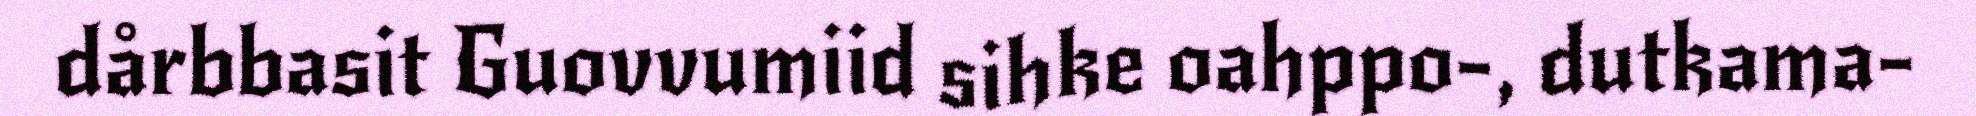
dårbbasit Guovvumiid sihke oahppo-, dutkama-